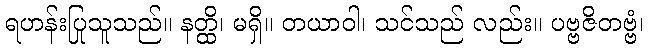
ရဟန်းပြုသူသည်။ နတ္ထိ၊ မရှိ။ တယာဝါ၊ သင်သည် လည်း။ ပဗ္ဗဇိတဗ္ဗံ၊